Trukikaitis_Postimees, lk 222
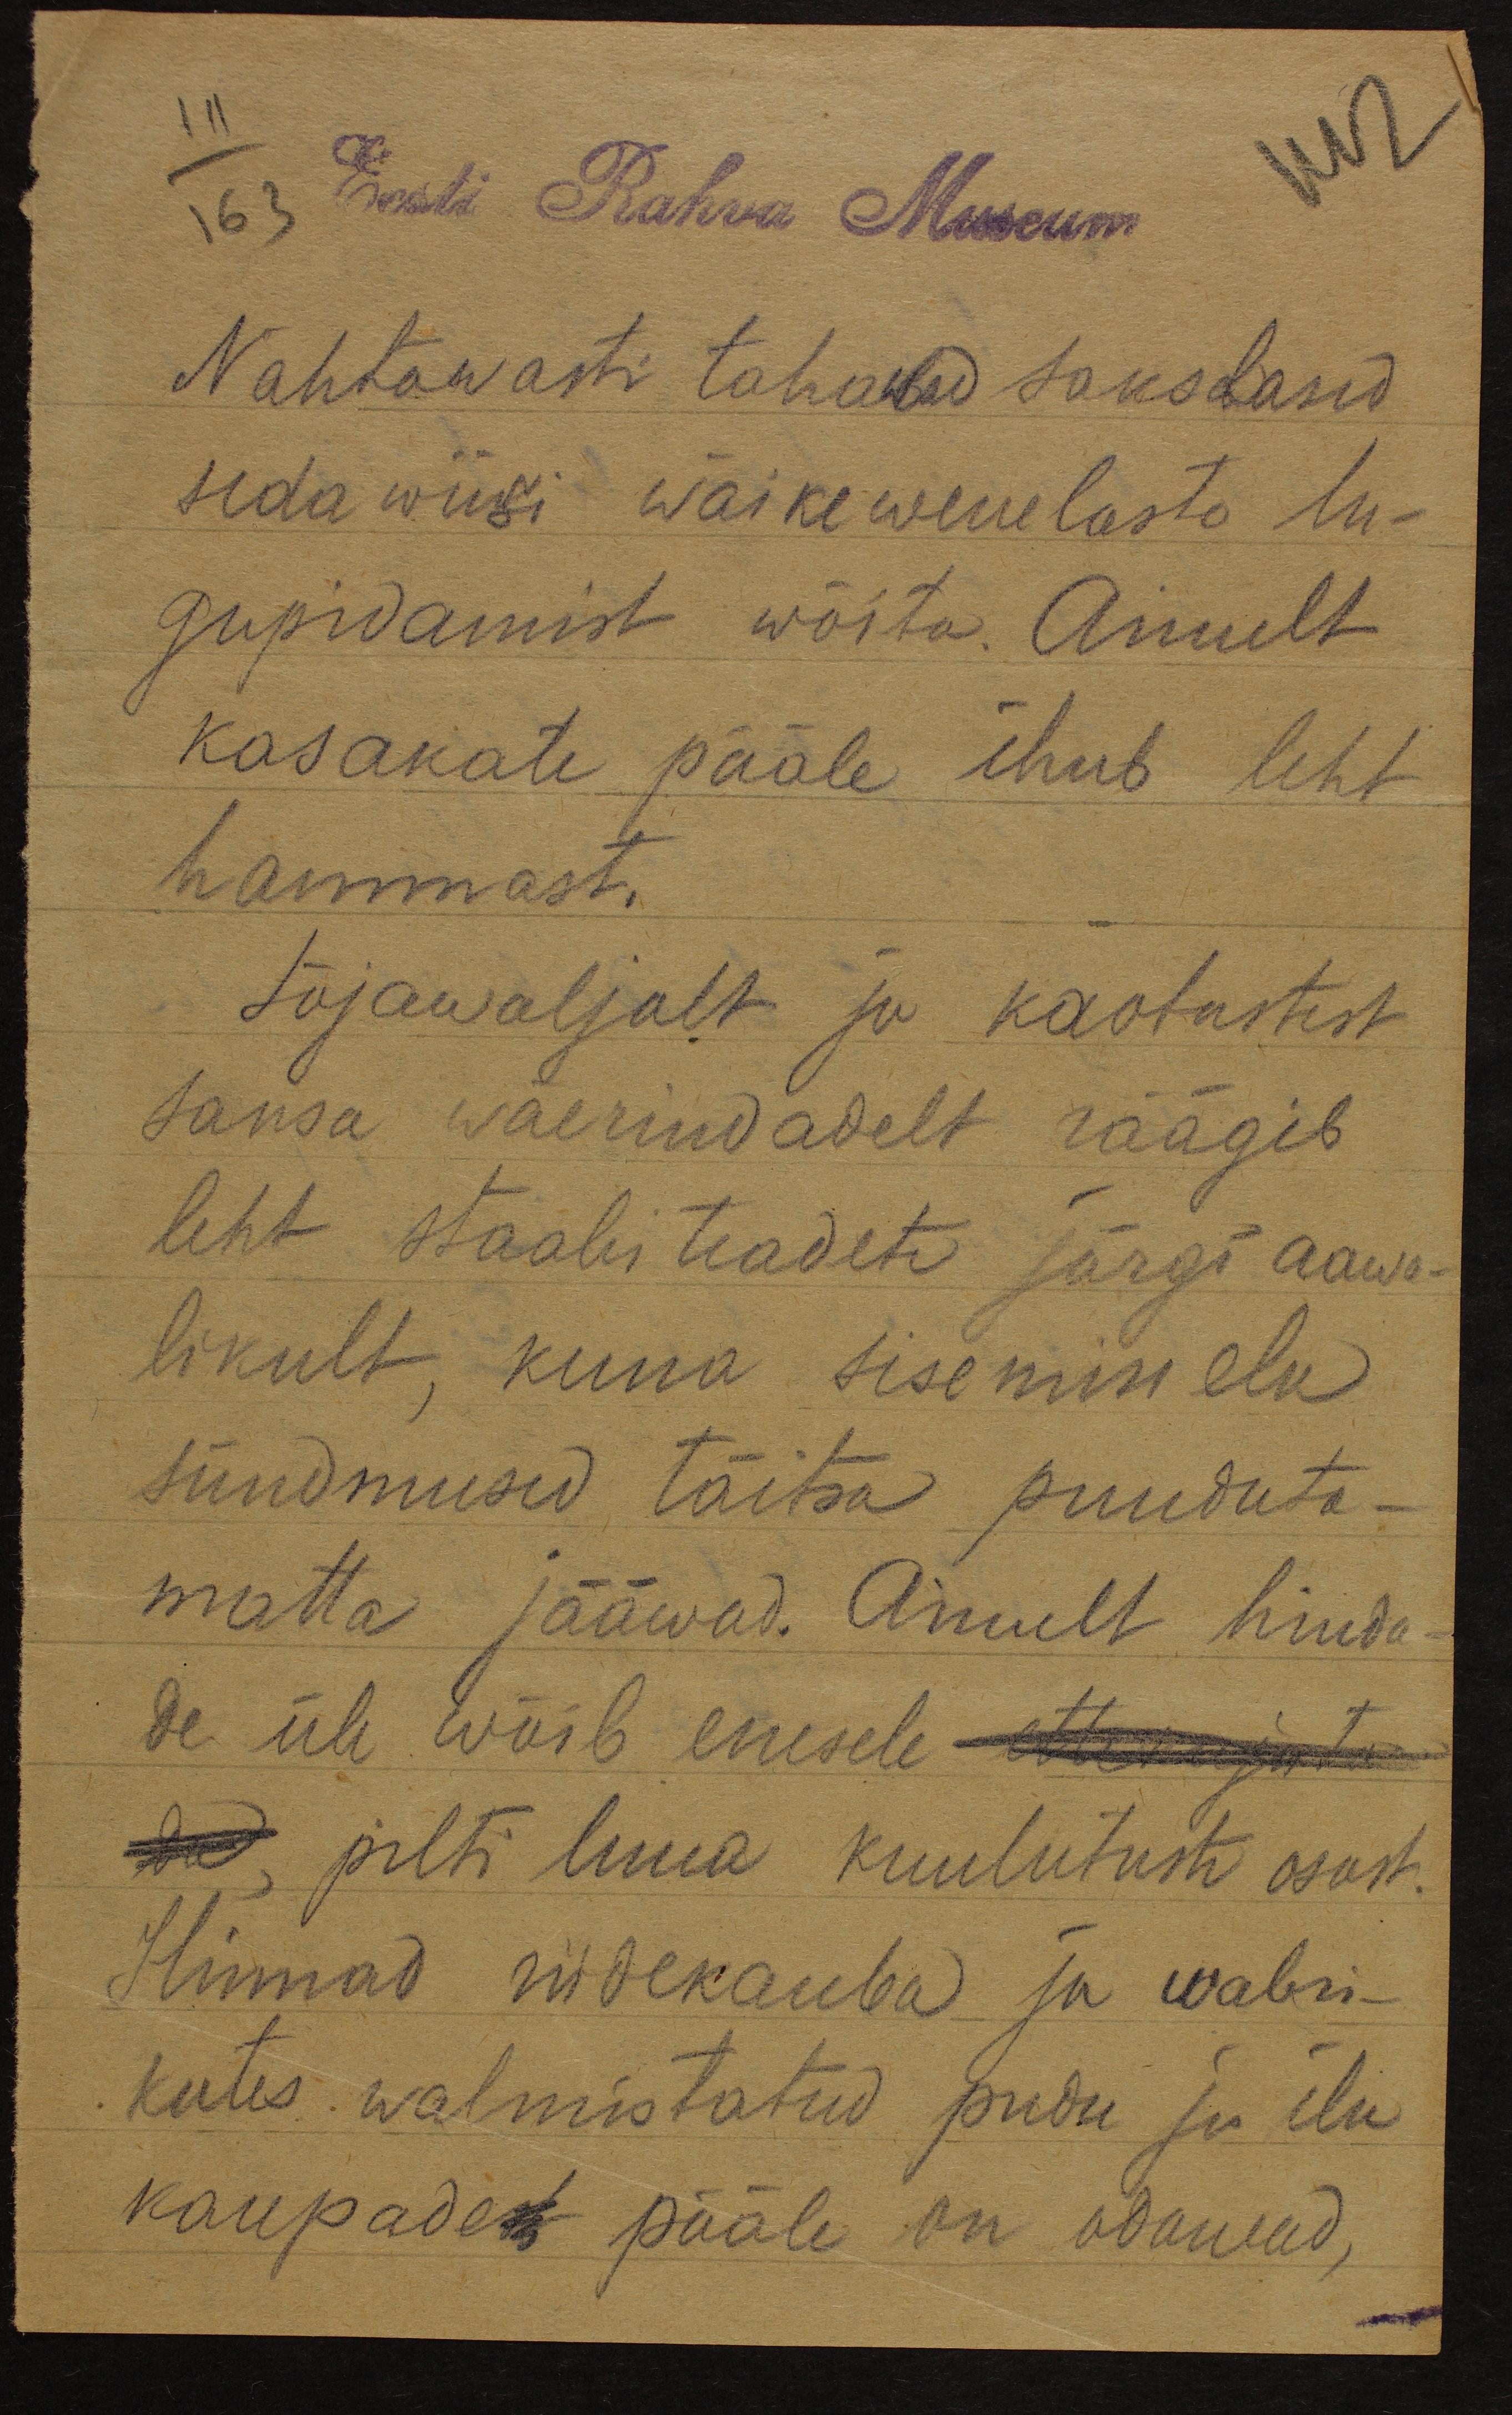
111
163
Eesti Rahva Museum
Nähtawasti tahawad sakslased
seda wiisi wäikewenelaste lu-
gupidamist wõita. Ainult
kasakate pääle ihub leht
hammast.
Sõjawäljalt ja kaotustest
saksa wäerindadelt räägib
leht staabi teadete järgi aawa
likult, kuna sisemise elu
sündmused täitsa puuduta-
matta jääwad. Ainult hinda
de üle wõib enesele ettu kohta
pilti luua kuulutuste osast
Hinnad riidekauba ja wabri-
kutes walmistatud pudu ju ilu
kaupadest pääle on odawad,